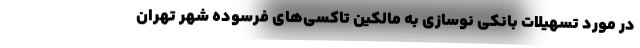
در مورد تسهیلات بانکی نوسازی به مالکین تاکسی‌های فرسوده شهر تهران